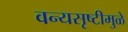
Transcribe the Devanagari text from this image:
वन्यसृष्टीमुळे